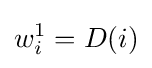
w_{i}^{1}=D(i)